Civil Veterinary Department Bengal reports 1923-33 - 1923-1933
Year: 1923
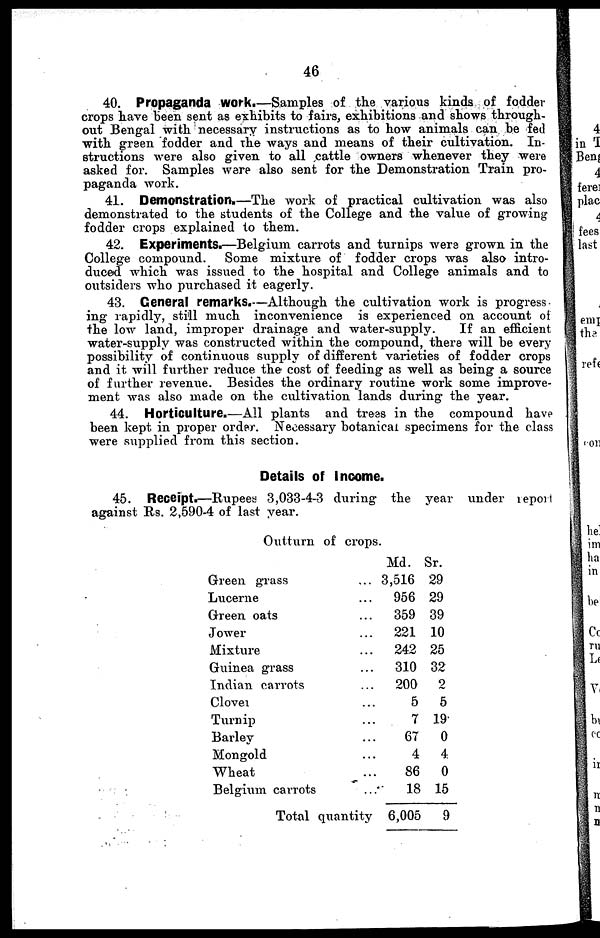
46
40. Propaganda work.—Samples of the various kinds of fodder
crops have been sent as exhibits to fairs, exhibitions and shows through-
out Bengal with necessary instructions as to how animals can be fed
with green fodder and the ways and means of their cultivation. In-
structions were also given to all cattle owners whenever they were
asked for. Samples were also sent for the Demonstration Train pro-
paganda work.
41. Demonstration.—The work of practical cultivation was also
demonstrated to the students of the College and the value of growing
fodder crops explained to them.
42. Experiments.—Belgium carrots and turnips were grown in the
College compound.
Some mixture of fodder crops was also intro-
duced which was issued to the hospital and College animals and to
outsiders who purchased it eagerly.
43. General remarks.—Although the cultivation work is progress
ing rapidly, still much inconvenience is experienced on account of
the low land, improper drainage and water-supply.
If an efficient
water-supply was constructed within the compound, there will be every
possibility of continuous supply of different varieties of fodder crops
and it will further reduce the cost of feeding as well as being a source
of further revenue. Besides the ordinary routine work some improve-
ment was also made on the cultivation lands during the year.
44. Horticulture.—All plants and tress in the compound have
been kept in proper order. Necessary botanical specimens for the class
were supplied from this section.
Details of Income.
45. Receipt.—Rupees 3,033-4-3 during the year under report
against Rs. 2,590-4 of last year.
Outturn of crops.
Green grass ...
Lucerne ...
Green oats ...
Jower ...
Mixture ...
Guinea grass ...
Indian carrots ...
Clover ...
Turnip ...
Barley ...
Mongold ...
Wheat ...
Belgium carrots ...
Total quantity
Md.
3,516
956
359
221
242
310
200
5
7
67
4
86
18
6,005
Sr.
29
29
39
10
25
32
9
5
19
0
4
0
15
9